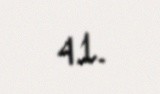
41.